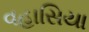
વહાસિયા